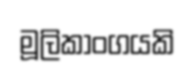
මූලිකාංගයකි